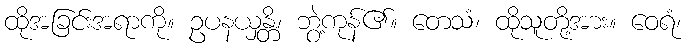
ထိုအခြင်းအရာကို။ ဥပနယှန္တိ၊ ဘွဲ့ကုန်၏။ တေသံ၊ ထိုသူတို့အား။ ဝေရံ၊